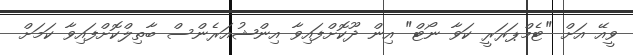
ވީއޭ އަށް "ޓެމްޕަރަރީ ކަވާ ނޯޓް" އިން ދޫކޮށްފައިވާ އިންޝުއަރެންސް ބާތިލްކޮށްފައިވާ ކަމަށް